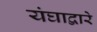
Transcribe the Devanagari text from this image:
यंघाद्वारे